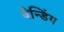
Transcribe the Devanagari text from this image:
बैन्डिंग